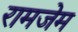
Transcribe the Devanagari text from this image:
रामजेम